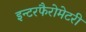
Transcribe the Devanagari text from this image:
इन्टरफैरोमेटरी